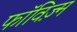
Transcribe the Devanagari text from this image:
फॉविज़्म